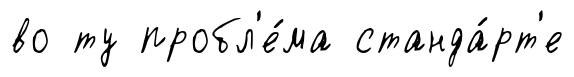
во ту пробл'е́ма станда́рт'е